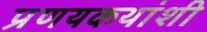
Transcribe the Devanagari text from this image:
प्रणयकथांशी